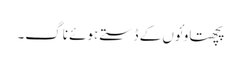
پچھتاو ئوں کے ڈستے ہوئے ناگ۔